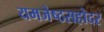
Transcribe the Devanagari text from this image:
यमजेष्ठसहोदर